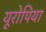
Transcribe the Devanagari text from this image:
यूरोपिया